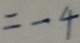
= - 4